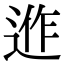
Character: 𨓕